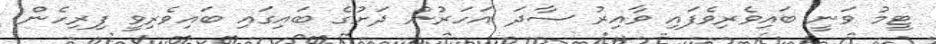
ޓީމު ވަނީ ބައިވެރިވެފައި ވާއިރު ސާދަ އަހަރުން ދަށުގެ ބައިގައި ބައިވެރިވީ ފިރިހެން